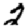
Digit: 2